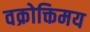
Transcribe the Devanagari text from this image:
वक्रोक्तिमय